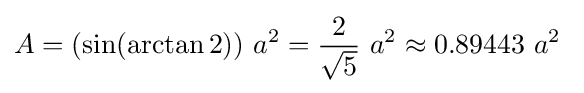
A=(\sin(\arctan 2))~a^{2}={2 \over {\sqrt {5}}}~a^{2}\approx 0.89443~a^{2}~